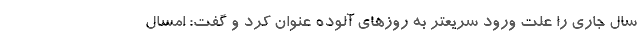
سال جاری را علت ورود سریعتر به روزهای آلوده عنوان کرد و گفت: امسال